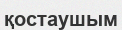
қостаушым